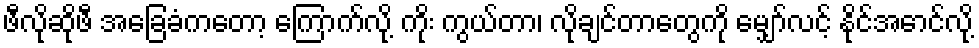
ဖီလိုဆိုဖီ အခြေခံကတော့ ကြောက်လို့ ကိုး ကွယ်တာ၊ လိုချင်တာတွေကို မျှော်လင့် နိုင်အောင်လို့